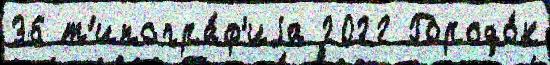
36 т'ипогра́ф'иjа 2022 Городо́к